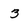
Character: 3